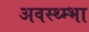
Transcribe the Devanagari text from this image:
अवस्थ्म्भा